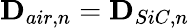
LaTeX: \mathbf{D}_{air,n}=\mathbf{D}_{SiC,n}